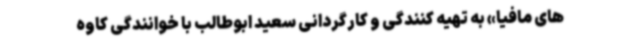
های مافیا» به تهیه کنندگی و کارگردانی سعید ابوطالب با خوانندگی کاوه